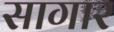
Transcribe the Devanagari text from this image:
सागार